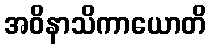
အဝိနာသိကာယောတိ